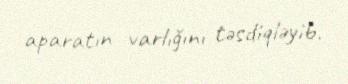
aparatın varlığını təsdiqləyib.